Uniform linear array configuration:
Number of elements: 24
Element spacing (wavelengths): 0.5
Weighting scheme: binomial
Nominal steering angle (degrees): -30
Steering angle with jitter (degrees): -30.099
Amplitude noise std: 0.05
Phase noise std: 0.05

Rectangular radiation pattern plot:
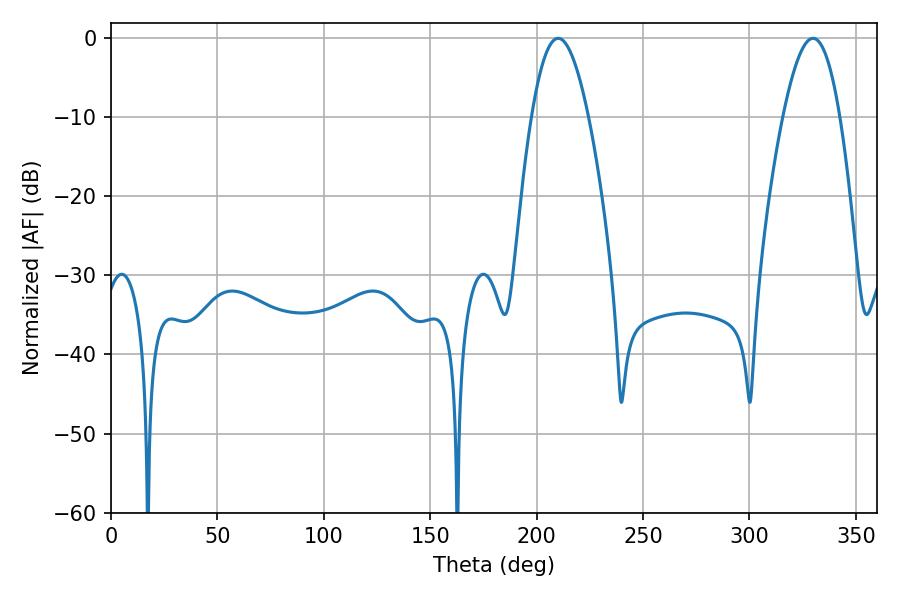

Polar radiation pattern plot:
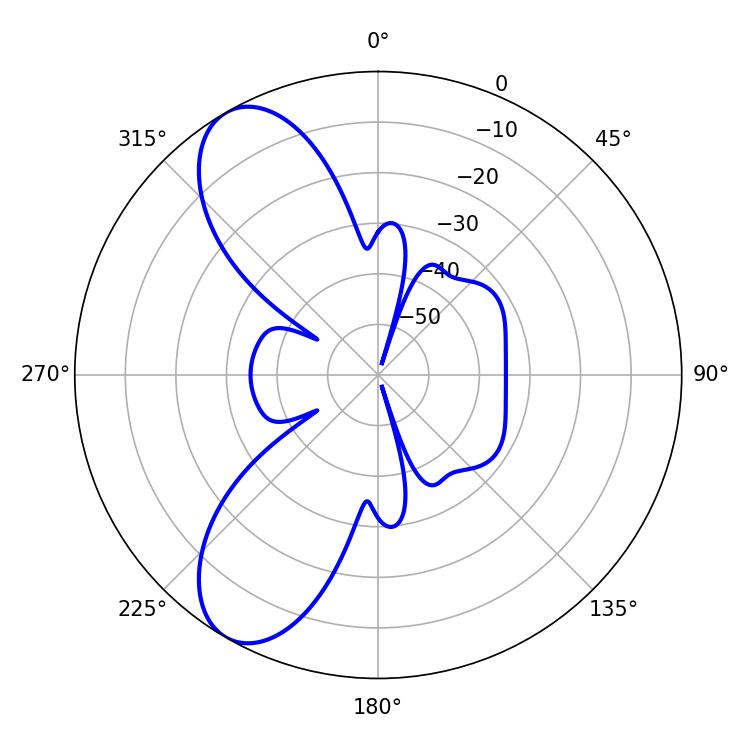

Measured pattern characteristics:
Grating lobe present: FALSE
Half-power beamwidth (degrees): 14.58
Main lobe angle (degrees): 210.06